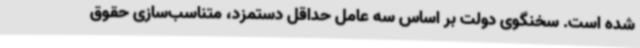
شده است. سخنگوی دولت بر اساس سه عامل حداقل دستمزد، متناسب‌سازی حقوق